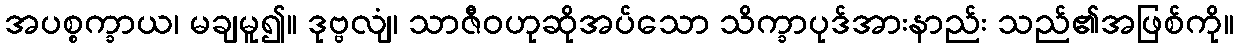
အပစ္စက္ခာယ၊ မချမူ၍။ ဒုဗ္ဗလျံ၊ သာဇီဝဟုဆိုအပ်သော သိက္ခာပုဒ်အားနာည်း သည်၏အဖြစ်ကို။